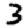
Digit: 3